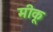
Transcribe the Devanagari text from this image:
मीकू